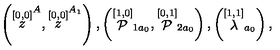
\left( \stackrel { [ 0 , 0 ] } { z } ^ { A } , \stackrel { [ 0 , 0 ] } { z } ^ { A _ { 1 } } \right) , \left( \stackrel { [ 1 , 0 ] } { \cal P } _ { 1 a _ { 0 } } , \stackrel { [ 0 , 1 ] } { \cal P } _ { 2 a _ { 0 } } \right) , \left( \stackrel { [ 1 , 1 ] } { \lambda } _ { a _ { 0 } } \right) ,